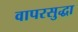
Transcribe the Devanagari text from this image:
वापरसुद्धा